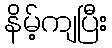
နိမ့်ကျပြီး